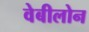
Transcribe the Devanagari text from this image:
वेबीलोन